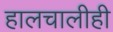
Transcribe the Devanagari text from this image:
हालचालीही